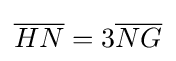
{\overline {HN}}=3{\overline {NG}}